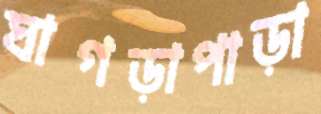
ঘাগড়াপাড়া